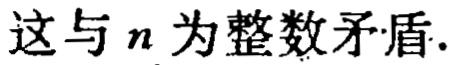
这与 \(n\) 为整数矛盾.